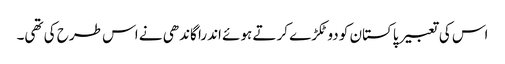
اس کی تعبیر پاکستان کو دو ٹکڑے کرتے ہوئے اندرا گاندھی نے اس طرح کی تھی۔